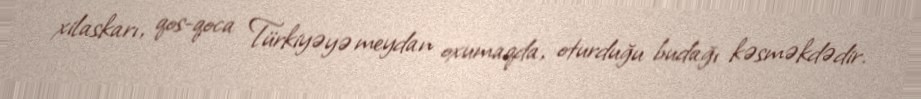
xilaskarı, qos-qoca Türkiyəyə meydan oxumaqda, oturduğu budağı kəsməkdədir.